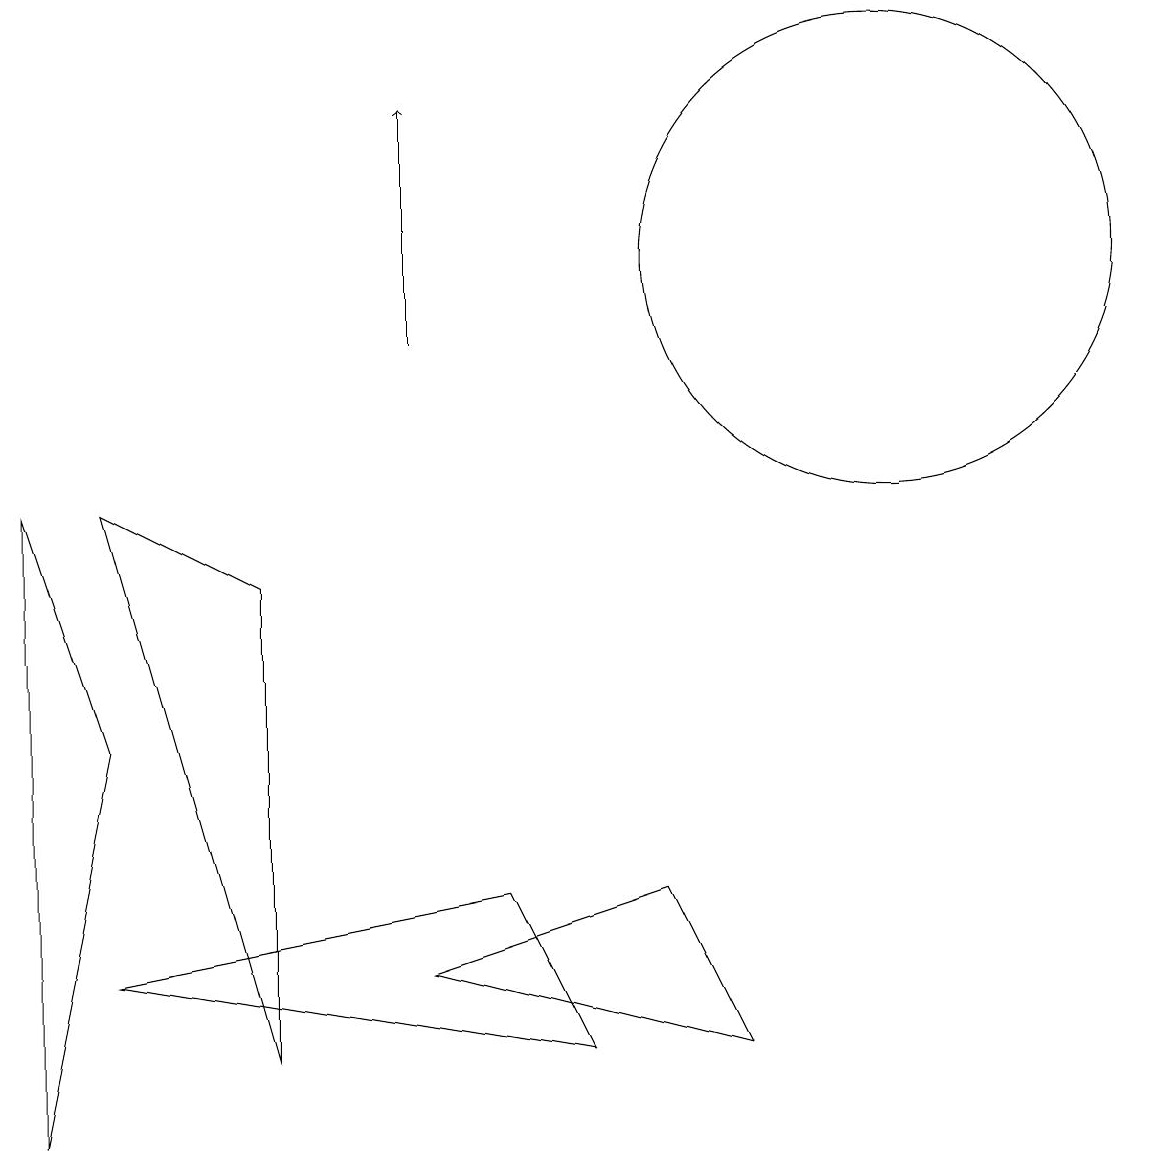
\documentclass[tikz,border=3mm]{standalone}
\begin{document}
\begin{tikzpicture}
\draw (9,1) -- (8,3) -- (5,2) -- cycle;
\draw[->] (5,10) -- (5,13);
\draw (6,3) -- (7,1) -- (1,2) -- cycle;
\draw (12,10) circle (0);
\draw (1,5) -- (0,0) -- (0,8) -- cycle;
\draw (11,11) circle (3);
\draw (1,8) -- (3,7) -- (3,1) -- cycle;
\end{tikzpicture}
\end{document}